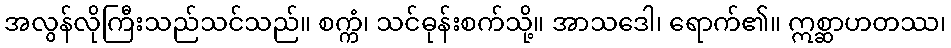
အလွန်လိုကြီးသည်သင်သည်။ စက္ကံ၊ သင်ဓုန်းစက်သို့။ အာသဒေါ၊ ရောက်၏။ ဣစ္ဆာဟတဿ၊